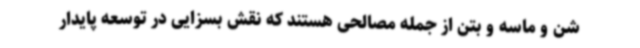
شن و ماسه و بتن از جمله مصالحی هستند که نقش بسزایی در توسعه پایدار